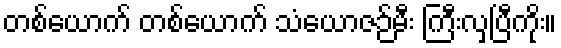
တစ်ယောက် တစ်ယောက် သံယောဇဉ်မီး ကြီးလှပြီကိုး။